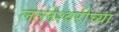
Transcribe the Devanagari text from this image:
लल्लेश्वरीच्या